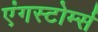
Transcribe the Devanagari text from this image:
एंगस्टोर्म्स